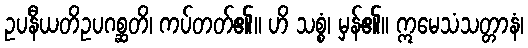
ဥပနီယတိဥပဂစ္ဆတိ၊ ကပ်တတ်၏။ ဟိ သစ္စံ၊ မှန်၏။ ဣမေသံသတ္တာနံ၊